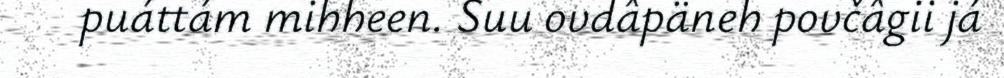
puáttám mihheen. Suu ovdâpäneh povčâgii já